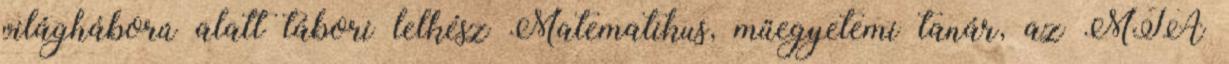
világháború alatt tábori lelkész Matematikus, műegyetemi tanár, az MTA